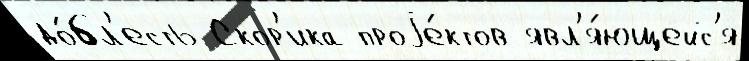
до́бл'есть Скор'ика проjе́ктов явл'я́ющейс'я